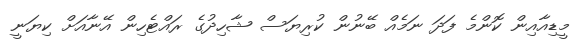
މީޑިއާއިން ކޮންމެ ފަދަ ނަމެއް ބޭނުން ކުރިޔަސް ޝާހިދުގެ ރައްޓެހިން އޭނާއަށް ކިޔަނީ